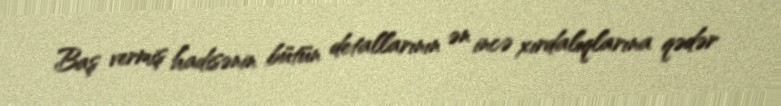
Baş vermiş hadisənin bütün detallarının ən incə xırdalıqlarına qədər